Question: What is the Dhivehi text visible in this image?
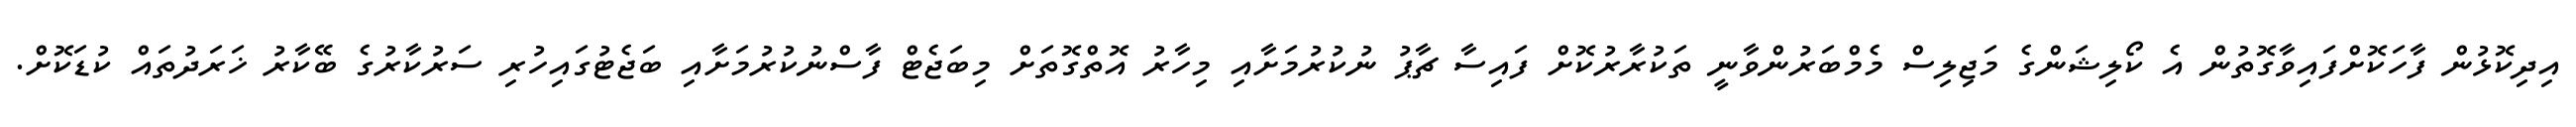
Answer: އިދިކޮޅުން ފާހަކޮށްފައިވާގޮތުން އެ ކޯލިޝަންގެ މަޖިލިސް މެމްބަރުންވާނީ ތަކުރާރުކޮށް ފައިސާ ޗާޕު ނުކުރުމަށާއި މިހާރު އޮތްގޮތަށް މިބަޖެޓް ފާސްނުކުރުމަށާއި ބަޖެޓުގައިހުރި ސަރުކާރުގެ ބޭކާރު ޚަރަދުތައް ކުޑަކޮށް.